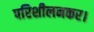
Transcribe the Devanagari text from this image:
परिशीलनकर।